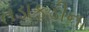
તડાફડીના